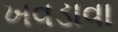
ખવડાવા